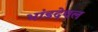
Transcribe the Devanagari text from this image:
भांडदेवल